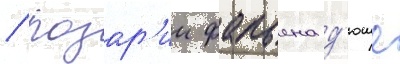
/ розар'ии фабьена д'юше